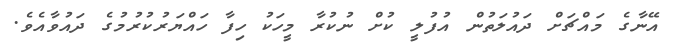
އޭނާގެ މައްޗަށް ދައުލަތުން އުފުލީ ކުށް ނުކުރާ މީހަކު ހިފާ ހައްޔަރުކުރުމުގެ ދައުވާއެވެ.